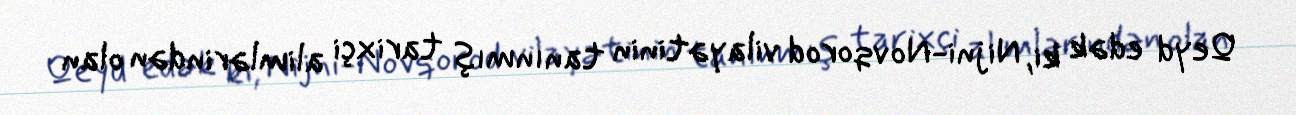
Qeyd edək ki, Nijni-Novqorod vilayətinin tanınmış tarixçi alimlərindən olan